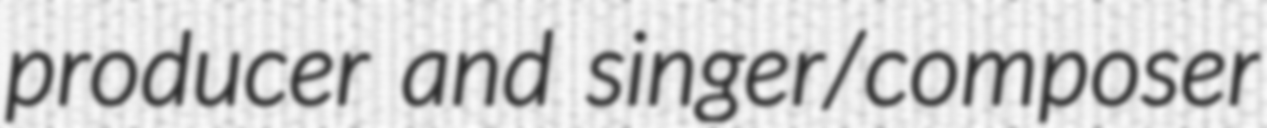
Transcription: producer and singer/composer